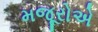
મજૂરોએ